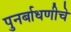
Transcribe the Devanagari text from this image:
पुनर्बाधणीचे